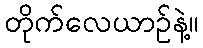
တိုက်လေယာဥ်နဲ့။